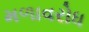
મળાવરોધ